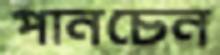
পানচেন